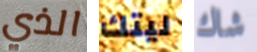
الذي ليتك شاك